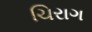
ચિરાગ